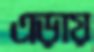
এড়ায়